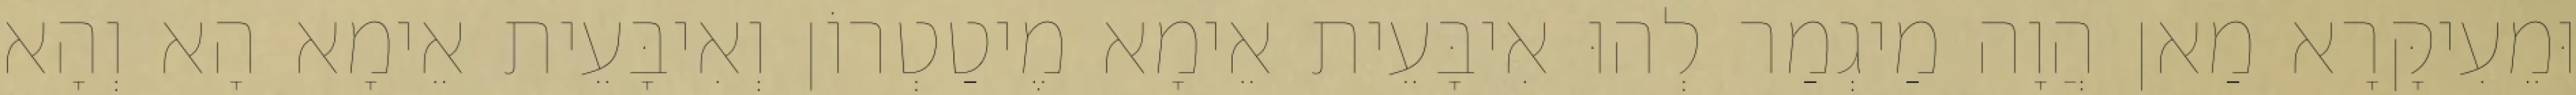
וּמֵעִיקָּרָא מַאן הֲוָה מַיגְמַר לְהוּ אִיבָּעֵית אֵימָא מֶיטַטְרוֹן וְאִיבָּעֵית אֵימָא הָא וְהָא